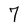
Character: 7